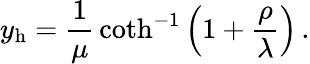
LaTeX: y_{\mathrm{h}}={\frac{1}{\mu}}\coth^{-1}\left(1+{\frac{\rho}{\lambda}}\right)\, .